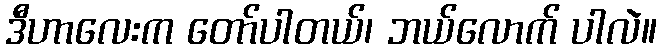
ဒီဟာလေးက တော်ပါတယ်၊ ဘယ်လောက် ပါလဲ။